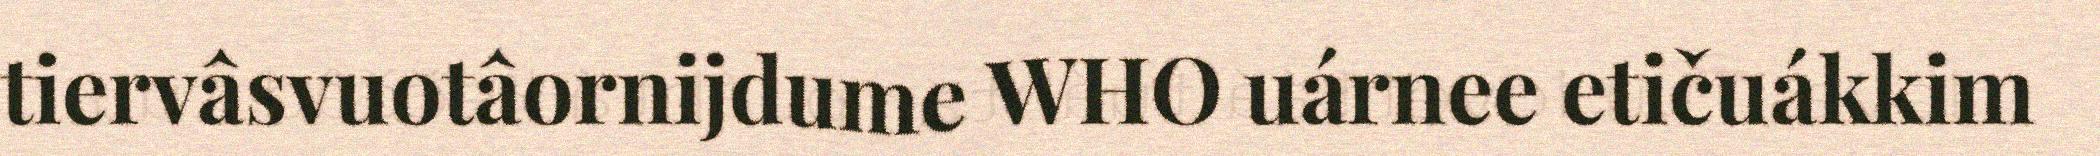
tiervâsvuotâornijdume WHO uárnee etičuákkim